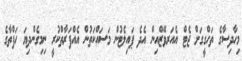
މިހާދިސާގެ ތަހްގީގަށް ޖެޓް އެއަރވޭޒްއިން އެދެ ޕައިލެޓުން މަސައްކަތުން އެއްފަރާތްކުރީ ނިމިގެންދިޔަ ހަފްތާގެ